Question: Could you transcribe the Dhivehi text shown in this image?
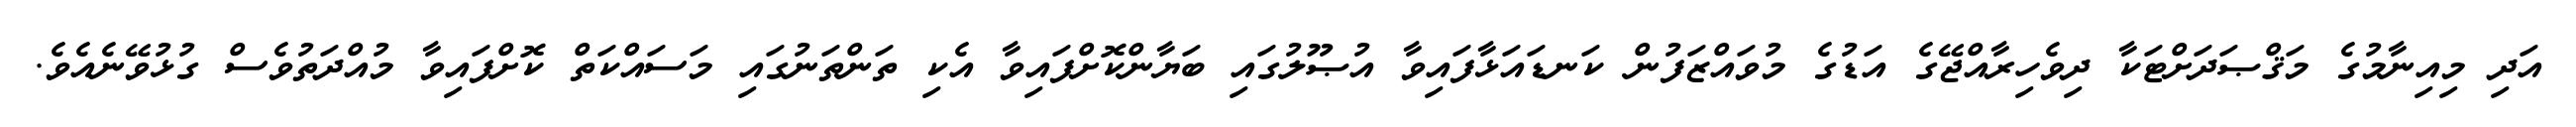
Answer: އަދި މިއިނާމުގެ މަޤްޞަދަށްޓަކާ ދިވެހިރާއްޖޭގެ އަޑުގެ މުވައްޒަފުން ކަނޑައަޅާފައިވާ އުޞޫލުގައި ބަޔާންކޮށްފައިވާ އެކި ތަންތަނުގައި މަސައްކަތް ކޮށްފައިވާ މުއްދަތުވެސް ގުޅުވޭނެއެވެ.